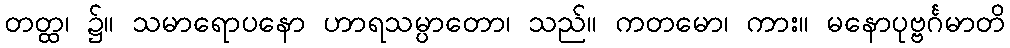
တတ္ထ၊ ၌။ သမာရောပနော ဟာရသမ္ပာတော၊ သည်။ ကတမော၊ ကား။ မနောပုဗ္ဗင်္ဂမာတိ